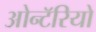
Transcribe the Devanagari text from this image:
ओन्टॅरियो